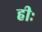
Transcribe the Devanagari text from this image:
हीः